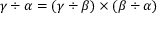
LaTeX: \gamma \div \alpha = ( \gamma \div \beta ) \times ( \beta \div \alpha )